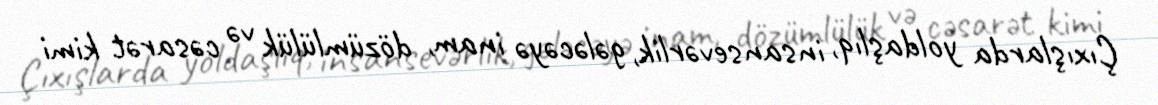
Çıxışlarda yoldaşlıq, insansevərlik, gələcəyə inam, dözümlülük və cəsarət kimi